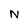
Character: N